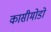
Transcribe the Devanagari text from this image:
कासीमोडो